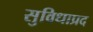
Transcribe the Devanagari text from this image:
सुविधाप्रद